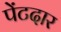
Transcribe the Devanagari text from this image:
पेंटदार